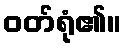
ဝတ်ရုံ၏။